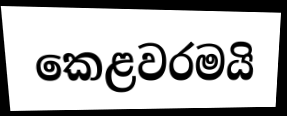
කෙළවරමයි